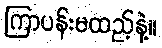
ကြာပန်းမထည့်နဲ့။